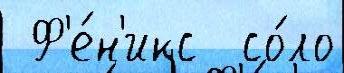
 Ф'е́н'икс  со́ло